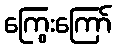
ကြွေးကြော်